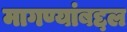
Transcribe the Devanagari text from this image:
मागण्यांबद्दल